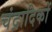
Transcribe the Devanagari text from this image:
चंद्रादिकों